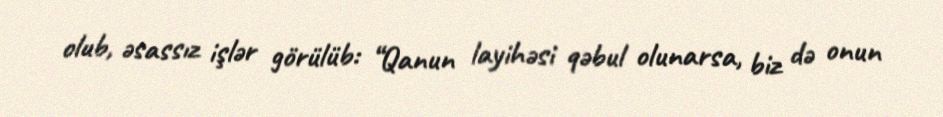
olub, əsassız işlər görülüb: “Qanun layihəsi qəbul olunarsa, biz də onun